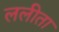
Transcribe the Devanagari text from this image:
ललीता